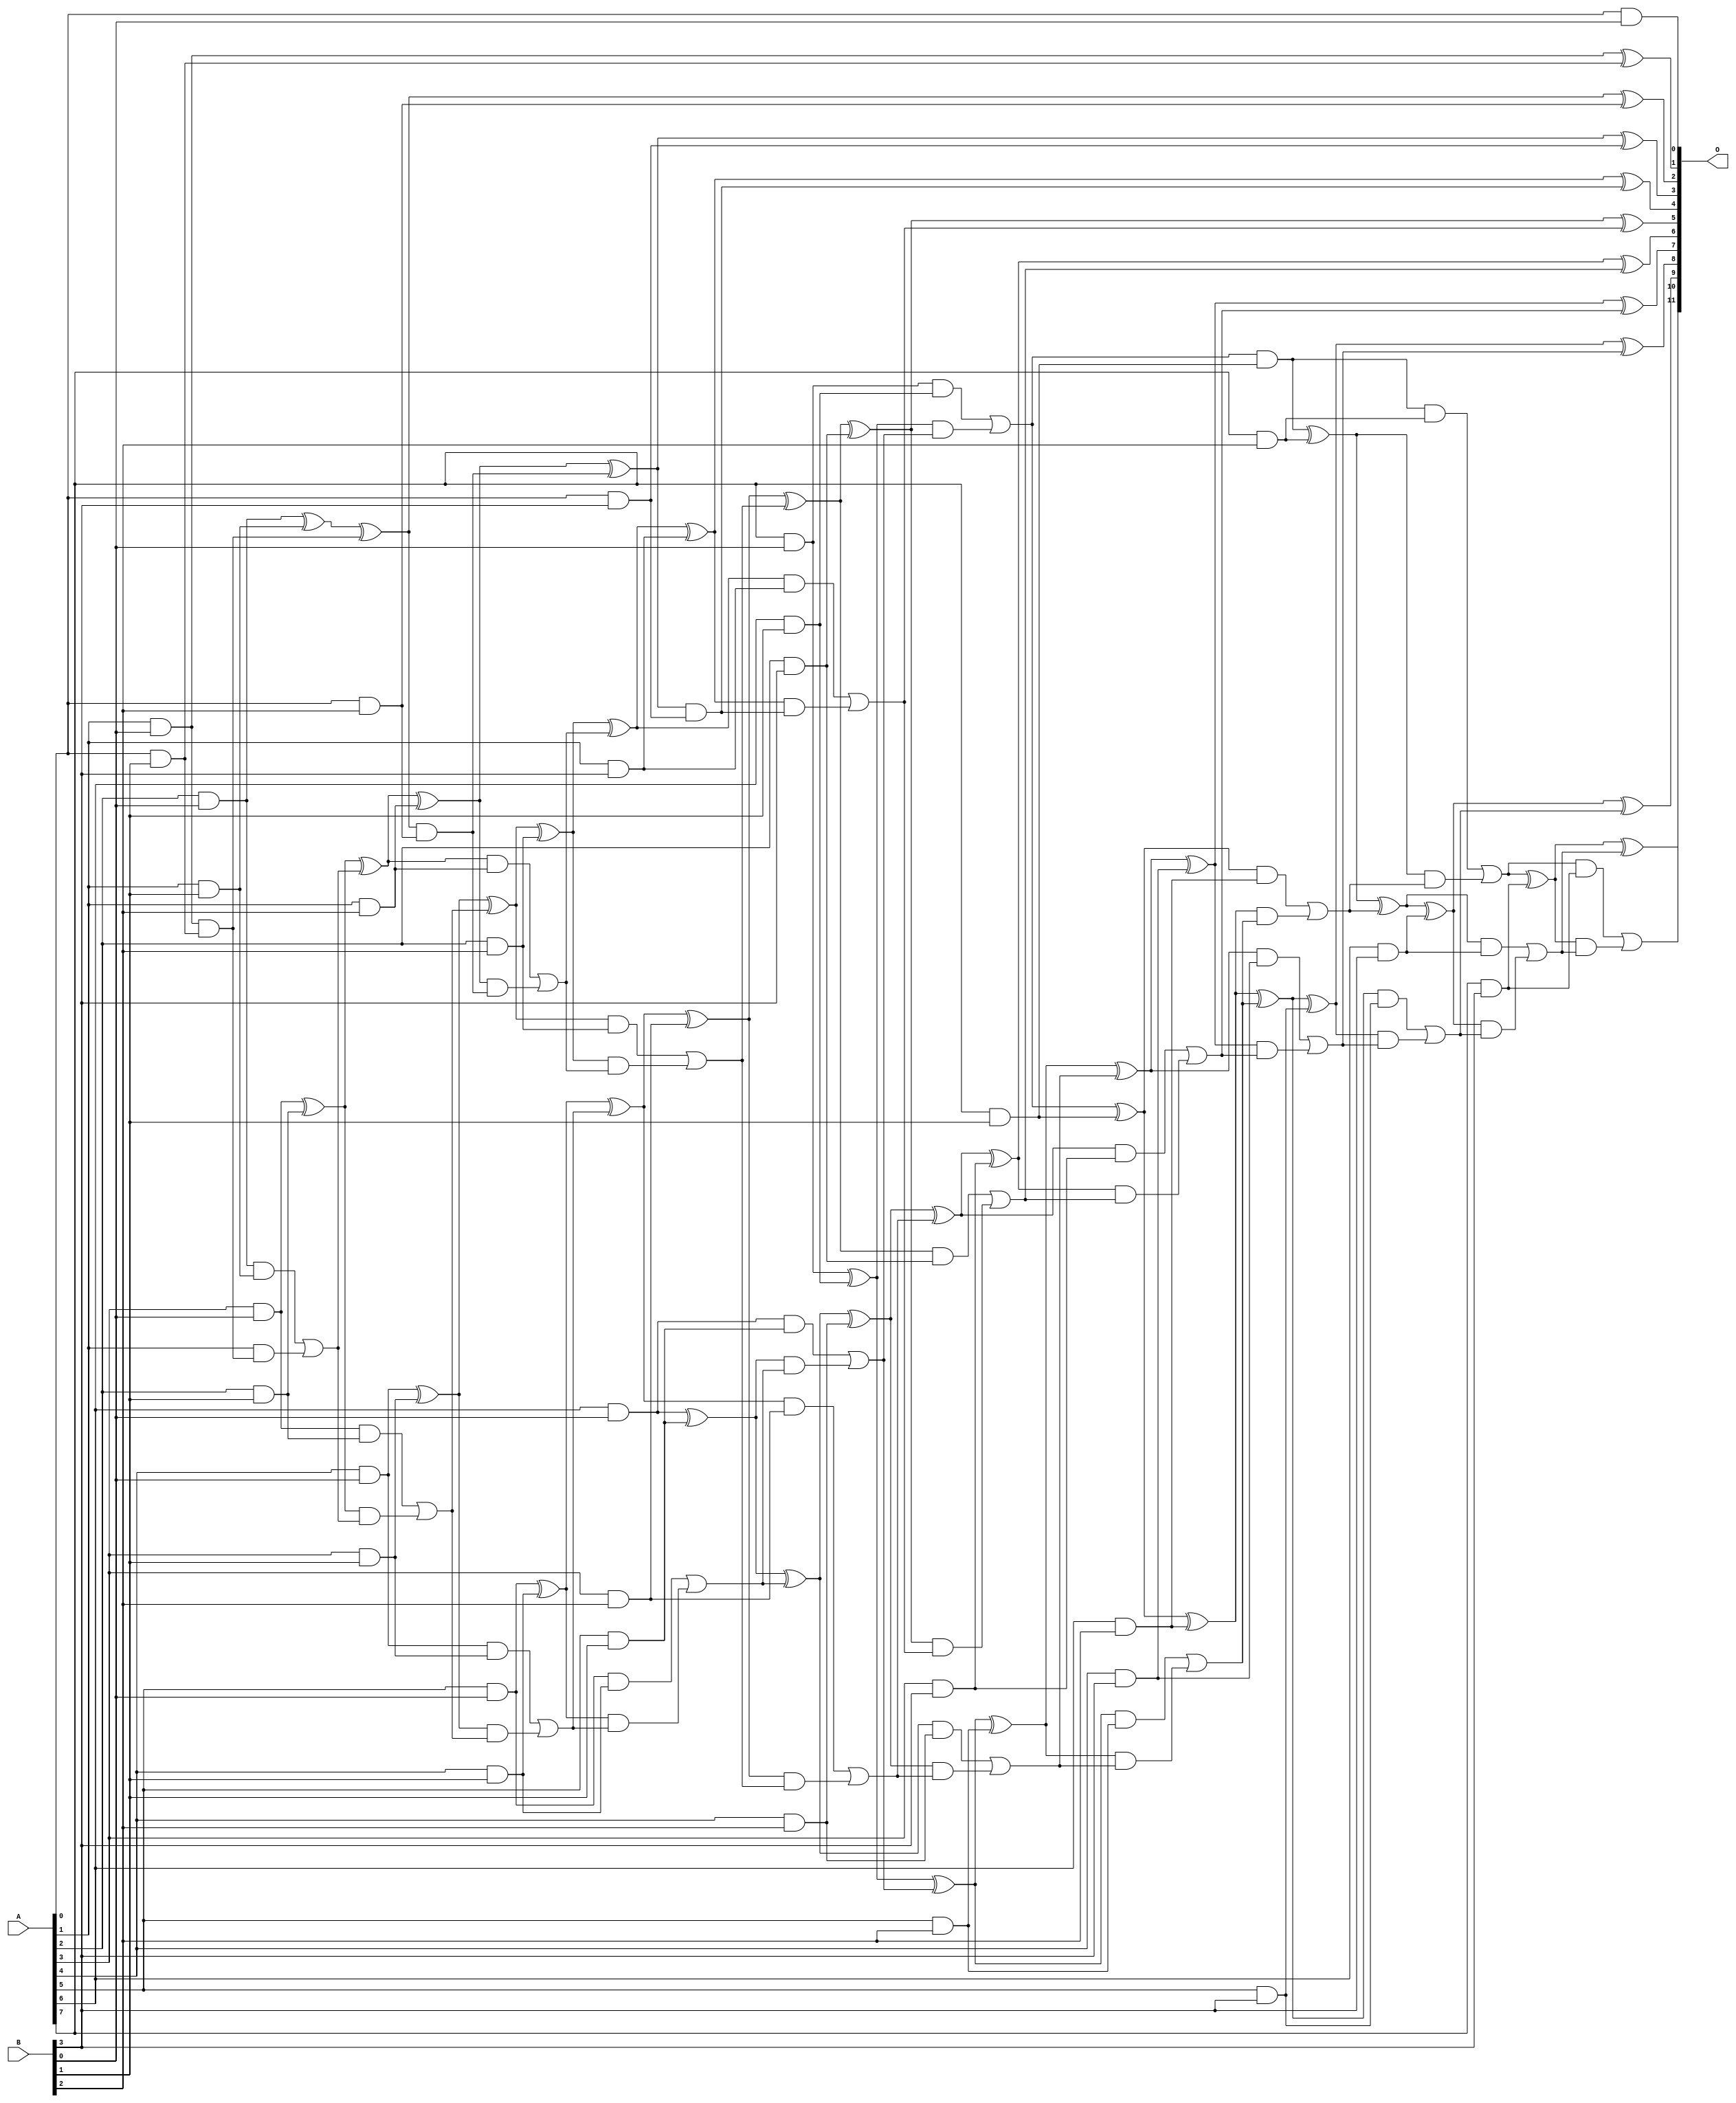
// This program was cloned from: https://github.com/ehw-fit/evoapproxlib
// License: MIT License

/***
* This code is a part of EvoApproxLib library (ehw.fit.vutbr.cz/approxlib) distributed under The MIT License.
* When used, please cite the following article(s): V. Mrazek, L. Sekanina, Z. Vasicek "Libraries of Approximate Circuits: Automated Design and Application in CNN Accelerators" IEEE Journal on Emerging and Selected Topics in Circuits and Systems, Vol 10, No 4, 2020 
* This file contains a circuit from a sub-set of pareto optimal circuits with respect to the pwr and ep parameters
***/
// MAE% = 0.00 %
// MAE = 0 
// WCE% = 0.00 %
// WCE = 0 
// WCRE% = 0.00 %
// EP% = 0.00 %
// MRE% = 0.00 %
// MSE = 0 
// PDK45_PWR = 0.137 mW
// PDK45_AREA = 342.6 um2
// PDK45_DELAY = 1.16 ns

module mul8x4u_2UU (
    A,
    B,
    O
);

input [7:0] A;
input [3:0] B;
output [11:0] O;

wire sig_12,sig_13,sig_14,sig_15,sig_16,sig_17,sig_18,sig_19,sig_20,sig_21,sig_22,sig_23,sig_24,sig_25,sig_26,sig_27,sig_28,sig_29,sig_30,sig_31;
wire sig_32,sig_33,sig_34,sig_35,sig_36,sig_37,sig_38,sig_39,sig_40,sig_41,sig_42,sig_43,sig_44,sig_45,sig_46,sig_47,sig_48,sig_49,sig_50,sig_51;
wire sig_52,sig_53,sig_54,sig_55,sig_56,sig_57,sig_58,sig_59,sig_60,sig_61,sig_62,sig_63,sig_64,sig_65,sig_66,sig_67,sig_68,sig_69,sig_70,sig_71;
wire sig_72,sig_73,sig_74,sig_75,sig_76,sig_77,sig_78,sig_79,sig_80,sig_81,sig_82,sig_83,sig_84,sig_85,sig_86,sig_87,sig_88,sig_89,sig_90,sig_91;
wire sig_92,sig_93,sig_94,sig_95,sig_96,sig_97,sig_98,sig_99,sig_100,sig_101,sig_102,sig_103,sig_104,sig_105,sig_106,sig_107,sig_108,sig_109,sig_110,sig_111;
wire sig_112,sig_113,sig_114,sig_115,sig_116,sig_117,sig_118,sig_119,sig_120,sig_121,sig_122,sig_123,sig_124,sig_125,sig_126,sig_127,sig_128,sig_129,sig_130,sig_131;
wire sig_132,sig_133,sig_134,sig_135,sig_136,sig_137,sig_138,sig_139,sig_140,sig_141,sig_142,sig_143,sig_144,sig_145,sig_146,sig_147,sig_148,sig_149,sig_150,sig_151;

assign sig_12 = A[0] & B[0];
assign sig_13 = A[1] & B[0];
assign sig_14 = A[2] & B[0];
assign sig_15 = A[3] & B[0];
assign sig_16 = A[4] & B[0];
assign sig_17 = A[5] & B[0];
assign sig_18 = A[6] & B[0];
assign sig_19 = A[7] & B[0];
assign sig_20 = A[0] & B[1];
assign sig_21 = A[1] & B[1];
assign sig_22 = A[2] & B[1];
assign sig_23 = A[3] & B[1];
assign sig_24 = A[4] & B[1];
assign sig_25 = A[5] & B[1];
assign sig_26 = A[6] & B[1];
assign sig_27 = A[7] & B[1];
assign sig_28 = sig_13 & sig_20;
assign sig_29 = sig_13 ^ sig_20;
assign sig_30 = sig_14 ^ sig_21;
assign sig_31 = sig_14 & sig_21;
assign sig_32 = A[1] & sig_28;
assign sig_33 = sig_30 ^ sig_28;
assign sig_34 = sig_31 | sig_32;
assign sig_35 = sig_15 ^ sig_22;
assign sig_36 = sig_15 & sig_22;
assign sig_37 = sig_35 & sig_34;
assign sig_38 = sig_35 ^ sig_34;
assign sig_39 = sig_36 | sig_37;
assign sig_40 = sig_16 ^ sig_23;
assign sig_41 = sig_16 & sig_23;
assign sig_42 = sig_40 & sig_39;
assign sig_43 = sig_40 ^ sig_39;
assign sig_44 = sig_41 | sig_42;
assign sig_45 = sig_17 ^ sig_24;
assign sig_46 = sig_17 & sig_24;
assign sig_47 = sig_45 & sig_44;
assign sig_48 = sig_45 ^ sig_44;
assign sig_49 = sig_46 | sig_47;
assign sig_50 = sig_18 ^ sig_25;
assign sig_51 = sig_18 & sig_25;
assign sig_52 = sig_50 & sig_49;
assign sig_53 = sig_50 ^ sig_49;
assign sig_54 = sig_51 | sig_52;
assign sig_55 = sig_19 ^ sig_26;
assign sig_56 = sig_19 & sig_26;
assign sig_57 = sig_55 & sig_54;
assign sig_58 = sig_55 ^ sig_54;
assign sig_59 = sig_56 | sig_57;
assign sig_60 = sig_59 & sig_27;
assign sig_61 = sig_59 ^ sig_27;
assign sig_62 = A[0] & B[2];
assign sig_63 = A[1] & B[2];
assign sig_64 = A[2] & B[2];
assign sig_65 = A[3] & B[2];
assign sig_66 = A[4] & B[2];
assign sig_67 = A[5] & B[2];
assign sig_68 = A[6] & B[2];
assign sig_69 = A[7] & B[2];
assign sig_70 = sig_33 & sig_62;
assign sig_71 = sig_33 ^ sig_62;
assign sig_72 = sig_38 ^ sig_63;
assign sig_73 = sig_38 & sig_63;
assign sig_74 = sig_72 & sig_70;
assign sig_75 = sig_72 ^ sig_70;
assign sig_76 = sig_73 | sig_74;
assign sig_77 = sig_43 ^ sig_64;
assign sig_78 = sig_43 & sig_64;
assign sig_79 = sig_77 & sig_76;
assign sig_80 = sig_77 ^ sig_76;
assign sig_81 = sig_78 | sig_79;
assign sig_82 = sig_48 ^ sig_65;
assign sig_83 = sig_48 & sig_65;
assign sig_84 = sig_82 & sig_81;
assign sig_85 = sig_82 ^ sig_81;
assign sig_86 = sig_83 | sig_84;
assign sig_87 = sig_53 ^ sig_66;
assign sig_88 = sig_53 & sig_66;
assign sig_89 = sig_87 & sig_86;
assign sig_90 = sig_87 ^ sig_86;
assign sig_91 = sig_88 | sig_89;
assign sig_92 = sig_58 ^ sig_67;
assign sig_93 = sig_58 & sig_67;
assign sig_94 = sig_92 & sig_91;
assign sig_95 = sig_92 ^ sig_91;
assign sig_96 = sig_93 | sig_94;
assign sig_97 = sig_61 ^ sig_68;
assign sig_98 = sig_61 & sig_68;
assign sig_99 = sig_97 & sig_96;
assign sig_100 = sig_97 ^ sig_96;
assign sig_101 = sig_98 | sig_99;
assign sig_102 = sig_60 ^ sig_69;
assign sig_103 = sig_60 & sig_69;
assign sig_104 = sig_102 & sig_101;
assign sig_105 = sig_102 ^ sig_101;
assign sig_106 = sig_103 | sig_104;
assign sig_107 = A[0] & B[3];
assign sig_108 = A[1] & B[3];
assign sig_109 = A[2] & B[3];
assign sig_110 = A[3] & B[3];
assign sig_111 = A[4] & B[3];
assign sig_112 = A[5] & B[3];
assign sig_113 = A[6] & B[3];
assign sig_114 = A[7] & B[3];
assign sig_115 = sig_75 & sig_107;
assign sig_116 = sig_75 ^ sig_107;
assign sig_117 = sig_80 ^ sig_108;
assign sig_118 = sig_80 & sig_108;
assign sig_119 = sig_117 & sig_115;
assign sig_120 = sig_117 ^ sig_115;
assign sig_121 = sig_118 | sig_119;
assign sig_122 = sig_85 ^ sig_109;
assign sig_123 = sig_85 & sig_109;
assign sig_124 = sig_122 & sig_121;
assign sig_125 = sig_122 ^ sig_121;
assign sig_126 = sig_123 | sig_124;
assign sig_127 = sig_90 ^ sig_110;
assign sig_128 = sig_90 & sig_110;
assign sig_129 = sig_127 & sig_126;
assign sig_130 = sig_127 ^ sig_126;
assign sig_131 = sig_128 | sig_129;
assign sig_132 = sig_95 ^ sig_111;
assign sig_133 = sig_95 & sig_111;
assign sig_134 = sig_132 & sig_131;
assign sig_135 = sig_132 ^ sig_131;
assign sig_136 = sig_133 | sig_134;
assign sig_137 = sig_100 ^ sig_112;
assign sig_138 = sig_100 & sig_112;
assign sig_139 = sig_137 & sig_136;
assign sig_140 = sig_137 ^ sig_136;
assign sig_141 = sig_138 | sig_139;
assign sig_142 = sig_105 ^ sig_113;
assign sig_143 = sig_105 & sig_113;
assign sig_144 = sig_142 & sig_141;
assign sig_145 = sig_142 ^ sig_141;
assign sig_146 = sig_143 | sig_144;
assign sig_147 = sig_106 ^ sig_114;
assign sig_148 = sig_106 & sig_114;
assign sig_149 = sig_147 & sig_146;
assign sig_150 = sig_147 ^ sig_146;
assign sig_151 = sig_148 | sig_149;

assign O[11] = sig_151;
assign O[10] = sig_150;
assign O[9] = sig_145;
assign O[8] = sig_140;
assign O[7] = sig_135;
assign O[6] = sig_130;
assign O[5] = sig_125;
assign O[4] = sig_120;
assign O[3] = sig_116;
assign O[2] = sig_71;
assign O[1] = sig_29;
assign O[0] = sig_12;

endmodule